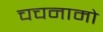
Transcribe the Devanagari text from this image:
चचनामो